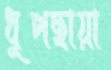
ধুপছায়া